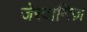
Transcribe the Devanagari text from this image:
जेरदानिज़